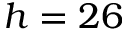
h = 2 6